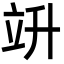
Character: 竔